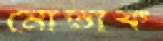
মোতাক